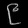
Digit: ၉